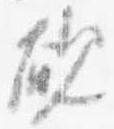
硯